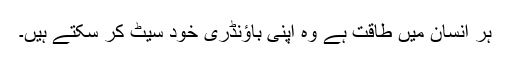
ہر انسان میں طاقت ہے وہ اپنی باؤنڈری خود سیٹ کر سکتے ہیں۔